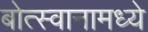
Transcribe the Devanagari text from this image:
बोत्स्वानामध्ये